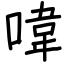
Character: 喡